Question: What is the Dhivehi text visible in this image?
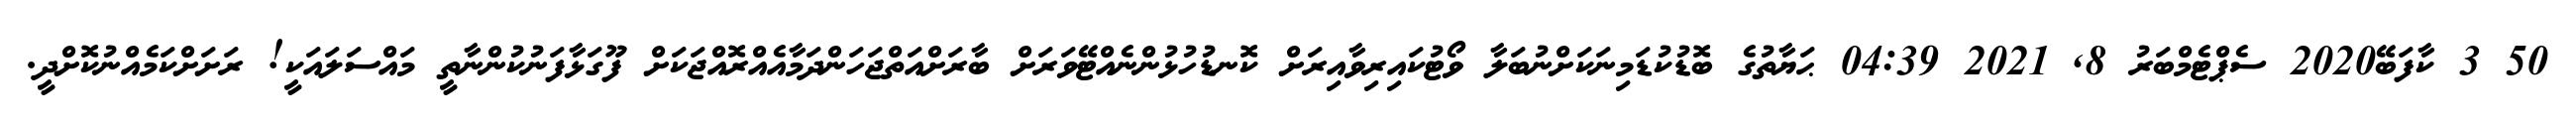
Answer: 50 3 ކާފަބޭ2020 ސެޕްޓެމްބަރު 8, 2021 04:39 ޙަޔާތުގެ ބޮޑުކުޑަމިނަކަށްނުބަލާ ވޯޓުކައިރިވާއިރަށް ކޮނޑުހުޅުންނެއްޓޭވަރަށް ބާރަށްއަތްޖަހަންދަމާއެއްރޮއްޖަކަށް ފޫގަޅާފަނުކުންނާތީ މައްސަލައަކީ! ރަށަށްކަމެއްނުކޮށްދީ.